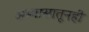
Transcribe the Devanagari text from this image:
अभ्यासातूनही